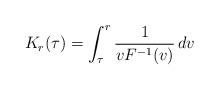
\begin{align*}K_r(\tau)=\int_{\tau}^r \frac{1}{v F^{-1}(v)}\,dv\end{align*}